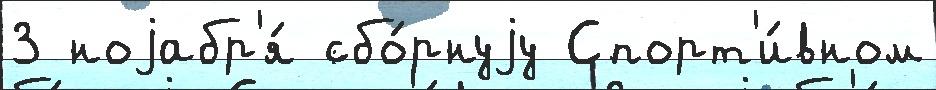
3 ноjабр'я́ сбо́рнуjу Спорт'и́вном